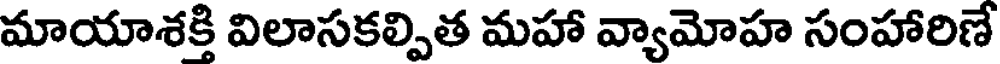
మాయాశక్తి విలాసకల్పిత మహా వ్యామోహ సంహారిణే